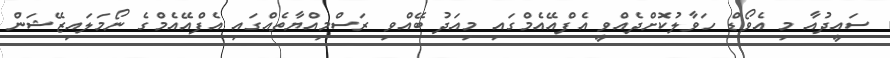
ސައީދުއާ މި އެވޯޑް ހަވާލުކޮށްދެއްވީ އެފްއޭއެމްގައި މިއަދު ބޭއްވި ރަސްމިއްޔާތެއްގައި އެފްއޭއެމްގެ ނޯމަލައިޒޭޝަން